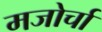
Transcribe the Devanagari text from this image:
मजोर्चा